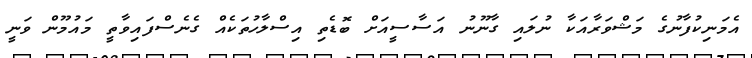
އެމަނިކުފާނުގެ މަޝްވަރާއަކާ ނުލައި ގާނޫނު އަސާސީއަށް ބޮޑެތި އިސްލާހުތަކެއް ގެނެސްފައިވާތީ މައުމޫން ވަނީ